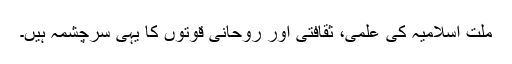
ملت اسلامیہ کی علمی، ثقافتی اور روحانی قوتوں کا یہی سرچشمہ ہیں۔